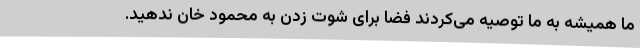
ما همیشه به ما توصیه می‌کردند فضا برای شوت زدن به محمود خان ندهید.